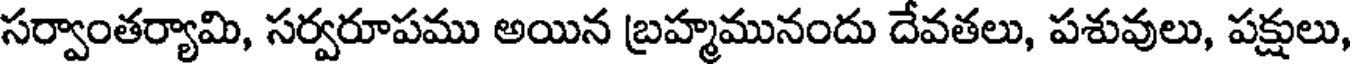
సర్వాంతర్యామి, సర్వరూపము అయిన బ్రహ్మమునందు దేవతలు, పశువులు, పక్షులు,